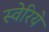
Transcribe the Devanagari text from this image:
स्वेरिये